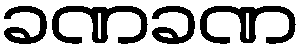
ခဏခဏ